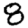
Digit: 8